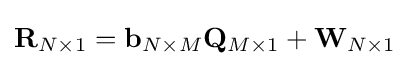
\mathbf {R} _{N\times 1}=\mathbf {b} _{N\times M}\mathbf {Q} _{M\times 1}+\mathbf {W} _{N\times 1}